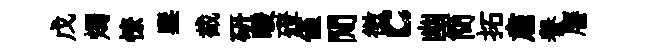
戊燭憭鑒截硏暖磴僅閒徴c幽簡拓肅譽譍